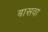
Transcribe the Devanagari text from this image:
बासवा